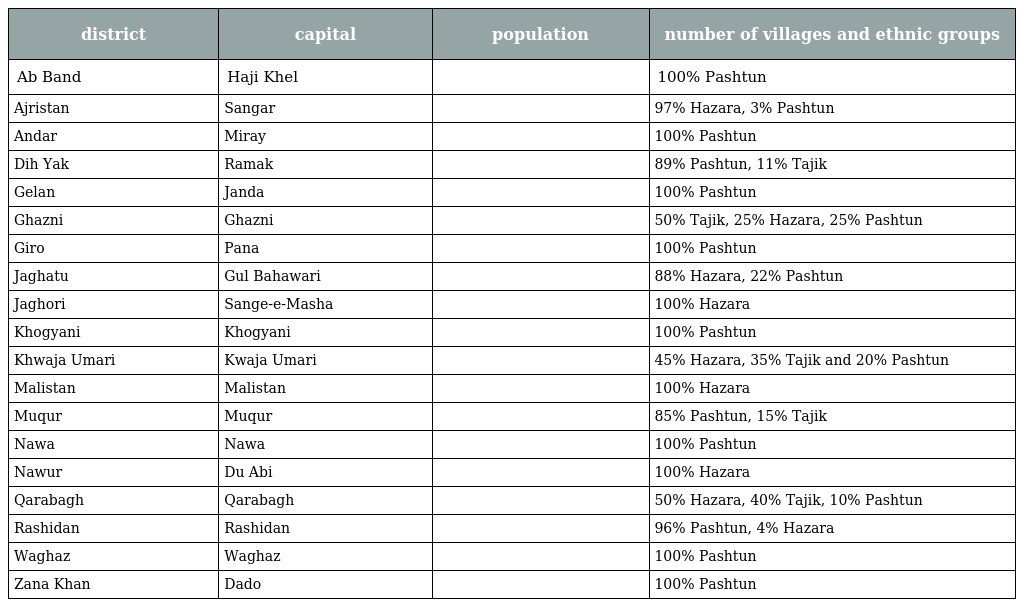
| district | capital | population | number of villages and ethnic groups |
 | --- | --- | --- | --- |
 | Ab Band | Haji Khel |  | 100% Pashtun |
 | Ajristan | Sangar |  | 97% Hazara, 3% Pashtun |
 | Andar | Miray |  | 100% Pashtun |
 | Dih Yak | Ramak |  | 89% Pashtun, 11% Tajik |
 | Gelan | Janda |  | 100% Pashtun |
 | Ghazni | Ghazni |  | 50% Tajik, 25% Hazara, 25% Pashtun |
 | Giro | Pana |  | 100% Pashtun |
 | Jaghatu | Gul Bahawari |  | 88% Hazara, 22% Pashtun |
 | Jaghori | Sange-e-Masha |  | 100% Hazara |
 | Khogyani | Khogyani |  | 100% Pashtun |
 | Khwaja Umari | Kwaja Umari |  | 45% Hazara, 35% Tajik and 20% Pashtun |
 | Malistan | Malistan |  | 100% Hazara |
 | Muqur | Muqur |  | 85% Pashtun, 15% Tajik |
 | Nawa | Nawa |  | 100% Pashtun |
 | Nawur | Du Abi |  | 100% Hazara |
 | Qarabagh | Qarabagh |  | 50% Hazara, 40% Tajik, 10% Pashtun |
 | Rashidan | Rashidan |  | 96% Pashtun, 4% Hazara |
 | Waghaz | Waghaz |  | 100% Pashtun |
 | Zana Khan | Dado |  | 100% Pashtun |